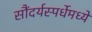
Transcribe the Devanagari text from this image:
सौंदर्यस्पर्धेमध्ये